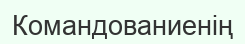
Командованиенің